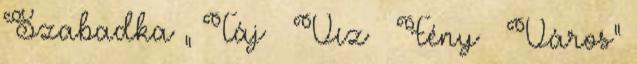
Szabadka „ Táj – Víz – Fény – Város”